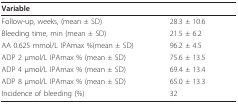
<table><thead><tr><td><b>Variable</b></td><td></td></tr></thead><tbody><tr><td>Follow-up, weeks, (mean ± SD)</td><td>28.3 ± 10.6</td></tr><tr><td>Bleeding time, min (mean ± SD)</td><td>21.5 ± 6.2</td></tr><tr><td>AA 0.625 mmol/L IPAmax %(mean ± SD)</td><td>96.2 ± 4.5</td></tr><tr><td>ADP 2 μmol/L IPAmax % (mean ± SD)</td><td>75.6 ± 13.5</td></tr><tr><td>ADP 4 μmol/L IPAmax % (mean ± SD)</td><td>69.4 ± 13.4</td></tr><tr><td>ADP 8 μmol/L IPAmax % (mean ± SD)</td><td>65.0 ± 13.3</td></tr><tr><td>Incidence of bleeding (%)</td><td>32</td></tr></tbody></table>